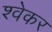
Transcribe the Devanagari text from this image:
श्वेकर